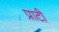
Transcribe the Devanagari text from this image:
प्राटी